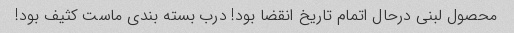
محصول لبنی درحال اتمام تاریخ انقضا بود! درب بسته بندی ماست کثیف بود!